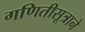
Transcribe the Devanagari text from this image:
गणितीसूत्राने